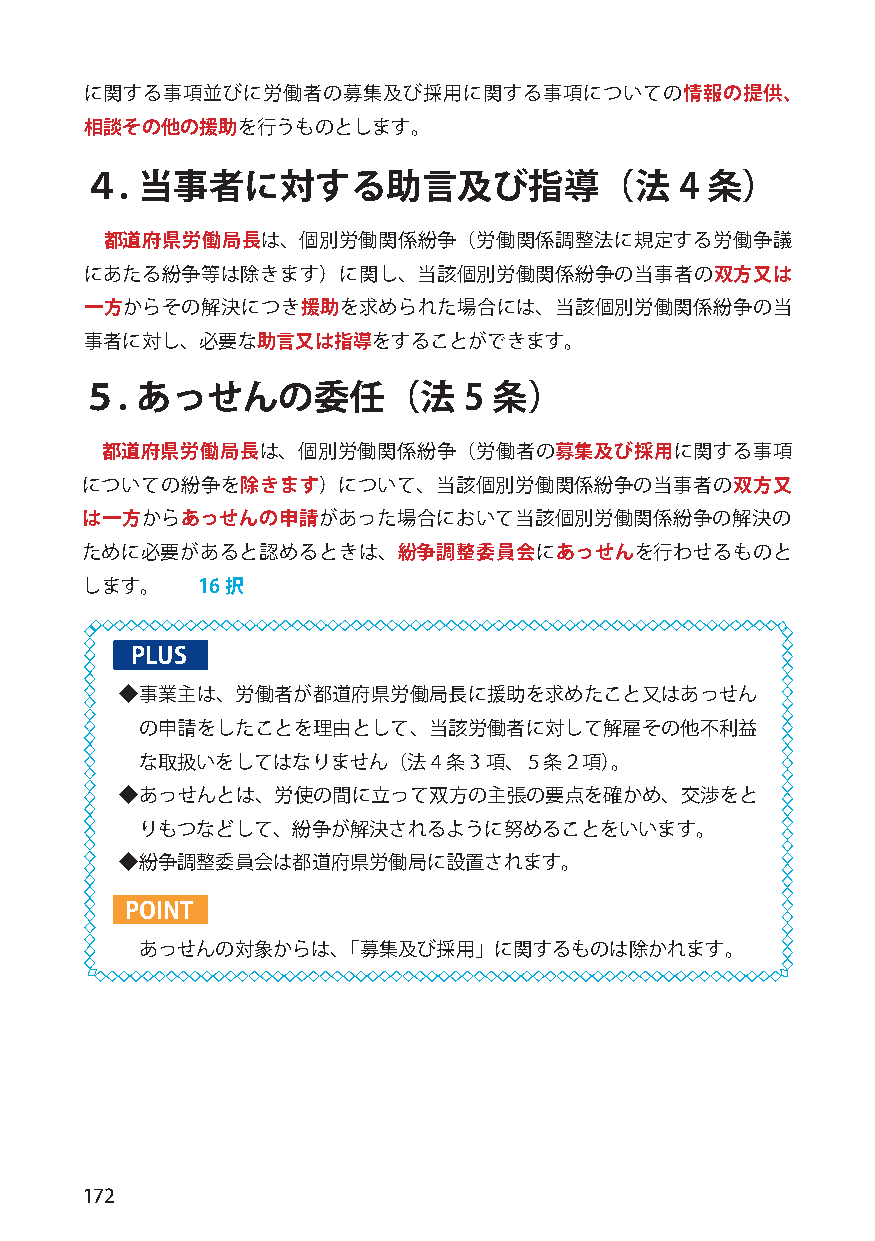
に関する事項並びに労働者の募集及び採用に関する事項についての情報の提供、
 相談その他の援助を行うものとします。
 ４. 当事者に対する助言及び指導（法                     4 条）
 都道府県労働局長は、個別労働関係紛争（労働関係調整法に規定する労働争議
 にあたる紛争等は除きます）に関し、当該個別労働関係紛争の当事者の双方又は
 一方からその解決につき援助を求められた場合には、当該個別労働関係紛争の当
 事者に対し、必要な助言又は指導をすることができます。
 ５.  あっせんの委任（法             5 条）
 都道府県労働局長は、個別労働関係紛争（労働者の募集及び採用に関する事項
 についての紛争を除きます）について、当該個別労働関係紛争の当事者の双方又
 は一方からあっせんの申請があった場合において当該個別労働関係紛争の解決の
 ために必要があると認めるときは、紛争調整委員会にあっせんを行わせるものと
 します。    16択
 PLUS
 ◆事業主は、労働者が都道府県労働局長に援助を求めたこと又はあっせん
 の申請をしたことを理由として、当該労働者に対して解雇その他不利益
 な取扱いをしてはなりません（法4     条3 項、５条２項）。
 ◆あっせんとは、労使の間に立って双方の主張の要点を確かめ、交渉をと
 りもつなどして、紛争が解決されるように努めることをいいます。
 ◆紛争調整委員会は都道府県労働局に設置されます。
 POINT
 あっせんの対象からは、「募集及び採用」に関するものは除かれます。
 172